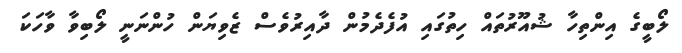
ލޯބީގެ އިންތިހާ ޝުއޫރުތައް ހިތުގައި އުފެދެމުން ދާއިރުވެސް ޒެވިޔަން ހުންނަނީ ލޯބިވާ ވާހަކަ